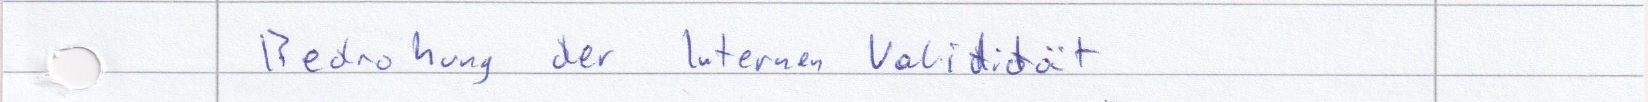
Bedrohung der Internen Validität